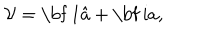
LaTeX: \mathcal { V } = { \mathrm { \bf ~ 1 } } \hat { a } + { \mathrm { \bf ~ i } } a ,